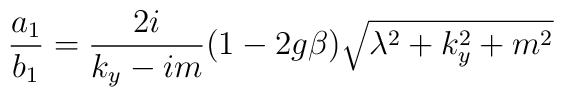
\frac{a_1}{b_1}=\frac{2i}{k_y-im}(1-2g\beta )\sqrt{\lambda ^2+k_y^2+m^2}